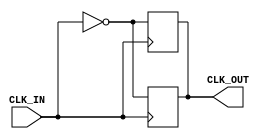
module InvertingClockBuffer (
    input wire CLK_IN,        // Input clock signal
    output reg CLK_OUT        // Inverted clock signal
);

    // Parameter for propagation delay (in nanoseconds)
    parameter PROP_DELAY = 2; // Adjust this value as needed for your design

    // Always block to handle the clock inversion with propagation delay
    always @(posedge CLK_IN) begin
        #PROP_DELAY CLK_OUT <= ~CLK_IN; // Invert clock with delay
    end

    // Optional: Handle the negative edge as well for completeness
    always @(negedge CLK_IN) begin
        #PROP_DELAY CLK_OUT <= ~CLK_IN; // Invert clock with delay
    end

endmodule